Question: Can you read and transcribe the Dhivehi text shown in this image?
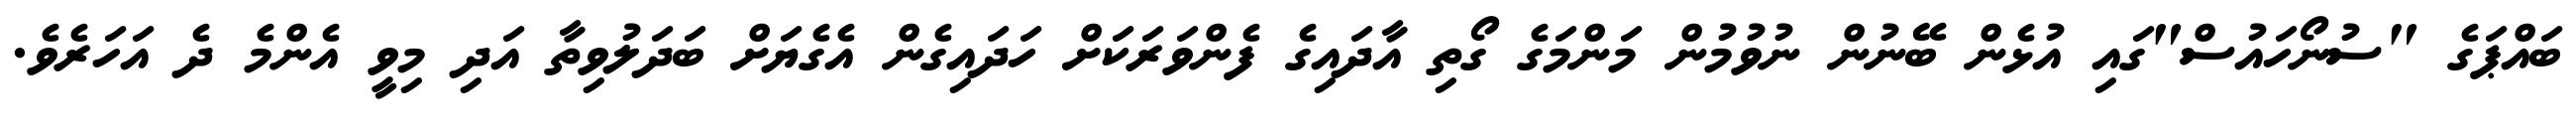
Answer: ބައްޕަގެ "ސުނޯހައުސް"ގައި އުޅެން ބޭނުން ނުވުމުން މަންމަގެ ގޯތި އާދައިގެ ފެންވަރަކަށް ހަދައިގެން އެގެޔަށް ބަދަލުވިތާ އަދި މިވީ އެންމެ ދެ އަހަރެވެ.